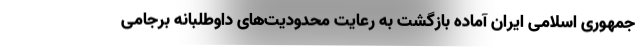
جمهوری اسلامی ایران آماده بازگشت به رعایت محدودیت‌های داوطلبانه برجامی